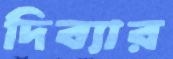
দিব্যার